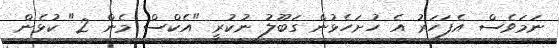
ނަމަވެސް އެފަހަރު އެ ހުށަހެޅުން ގަބޫލު ނުކުރީ "އެކްސް މެން 2" ކުޅެން